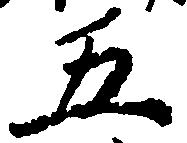
五